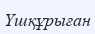
Үшқұрыған